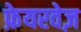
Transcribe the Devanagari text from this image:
फ़ेयरवेज़